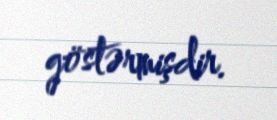
göstərmişdir.